On a parasite found in persons suffering from enlargement of the spleen in India, second report - Number 11
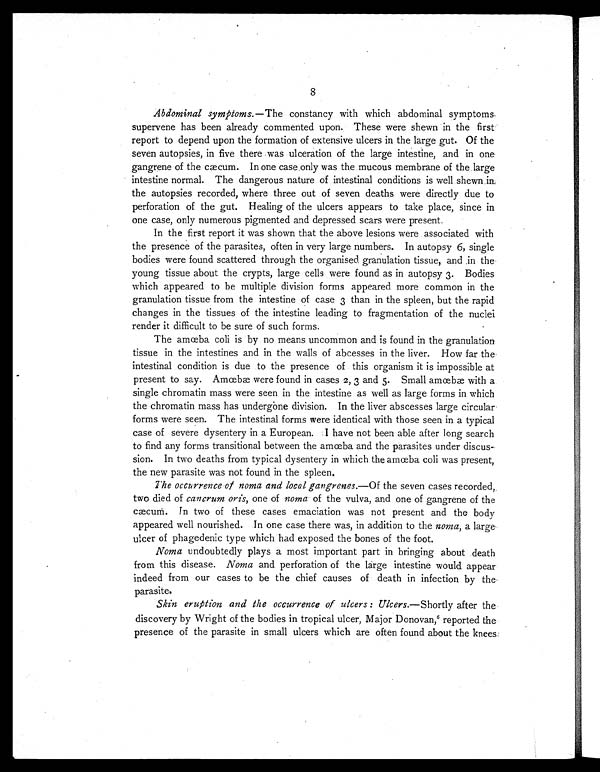
8
Abdominal symptoms. —The constancy with which abdominal symptoms
supervene has been already commented upon. These were shewn in the first
report to depend upon the formation of extensive ulcers in the large gut. Of the
seven autopsies, in five there was ulceration of the large intestine, and in one
gangrene of the cæcum. In one case only was the mucous membrane of the large
intestine normal. The dangerous nature of intestinal conditions is well shewn in
the autopsies recorded, where three out of seven deaths were directly due to
perforation of the gut. Healing of the ulcers appears to take place, since in
one case, only numerous pigmented and depressed scars were present.
In the first report it was shown that the above lesions were associated with
the presence of the parasites, often in very large numbers. In autopsy 6, single
bodies were found scattered through the organised granulation tissue, and in the
young tissue about the crypts, large cells were found as in autopsy 3. Bodies
which appeared to be multiple division forms appeared more common in the
granulation tissue from the intestine of case 3 than in the spleen, but the rapid
changes in the tissues of the intestine leading to fragmentation of the nuclei
render it difficult to be sure of such forms.
The amœba coli is by no means uncommon and is found in the granulation
tissue in the intestines and in the walls of abcesses in the liver. How far the
intestinal condition is due to the presence of this organism it is impossible at
present to say. Amœbæ were found in cases 2, 3 and 5. Small amœbæ with a
single chromatin mass were seen in the intestine as well as large forms in which
the chromatin mass has undergone division. In the liver abscesses large circular
forms were seen. The intestinal forms were identical with those seen in a typical
case of severe dysentery in a European. I have not been able after long search
to find any forms transitional between the amœba and the parasites under discus-
sion. In two deaths from typical dysentery in which the amœba coli was present,
the new parasite was not found in the spleen.
The occurrence of noma and local gangrenes. —Of the seven cases recorded,
two died of cancrum oris, one of noma of the vulva, and one of gangrene of the
cæcum. In two of these cases emaciation was not present and the body
appeared well nourished. In one case there was, in addition to the noma, a large-
ulcer of phagedenic type which had exposed the bones of the foot.
Noma undoubtedly plays a most important part in bringing about death
from this disease. Noma and perforation of the large intestine would appear
indeed from our cases to be the chief causes of death in infection by the
parasite.
Skin eruption and the occurrence of ulcers: Ulcers. —Shortly after the
discovery by Wright of the bodies in tropical ulcer, Major Donovan, 6
reported the
presence of the parasite in small ulcers which are often found about the knees